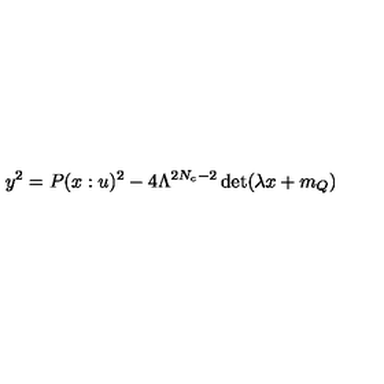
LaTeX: y ^ { 2 } = P ( x : u ) ^ { 2 } - 4 \Lambda ^ { 2 N _ { c } - 2 } \det ( \lambda x + m _ { Q } ) \nonumber